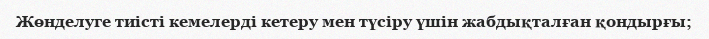
Жөнделуге тиісті кемелерді кетеру мен түсіру үшін жабдықталған қондырғы;